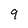
Character: 9